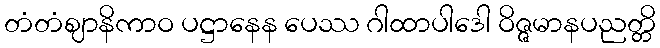
တံတံဈာနိကာဝ ပဋ္ဌာနေန ပေဿ ဂါထာပါဒေါ ဝိဇ္ဇမာနပညတ္တိ